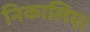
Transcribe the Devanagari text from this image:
निकालिए।